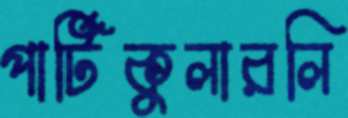
পার্টিকুলারলি